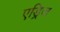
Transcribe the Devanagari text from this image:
एड्रिज